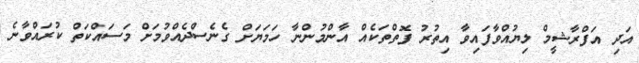
އަދި އަފްރާޝީމް ލިޔުއްވާފައިވާ އިތުރު ފޮތްތަކެއް އާންމުންނާ ހަމަޔަށް ގެނެސްދެއްވުމަށް މަސައްކަތް ކުރައްވާނެ